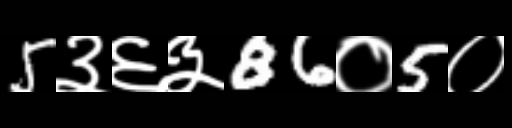
Text: 5३६३86०5०